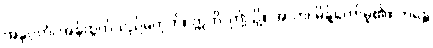
အနုဂ္ဂတံ၊ အန်ထွက်သည်မဟုတ်။ ဣတိ၊ ဤသို့။ အာဟ၊ မိန့်တော်မူ၏။ ဘန္တေ